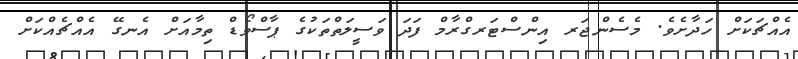
އެއްޗަކަށް ހަދާށެވެ. މެސެންޖަރ އިންސްޓަރގްރާމް ފަދަ ވަސީލަތްތަކުގެ ޕާސްވޯޑް ތިމާއަށް އެނގޭ އެއްޗެއްކަށް